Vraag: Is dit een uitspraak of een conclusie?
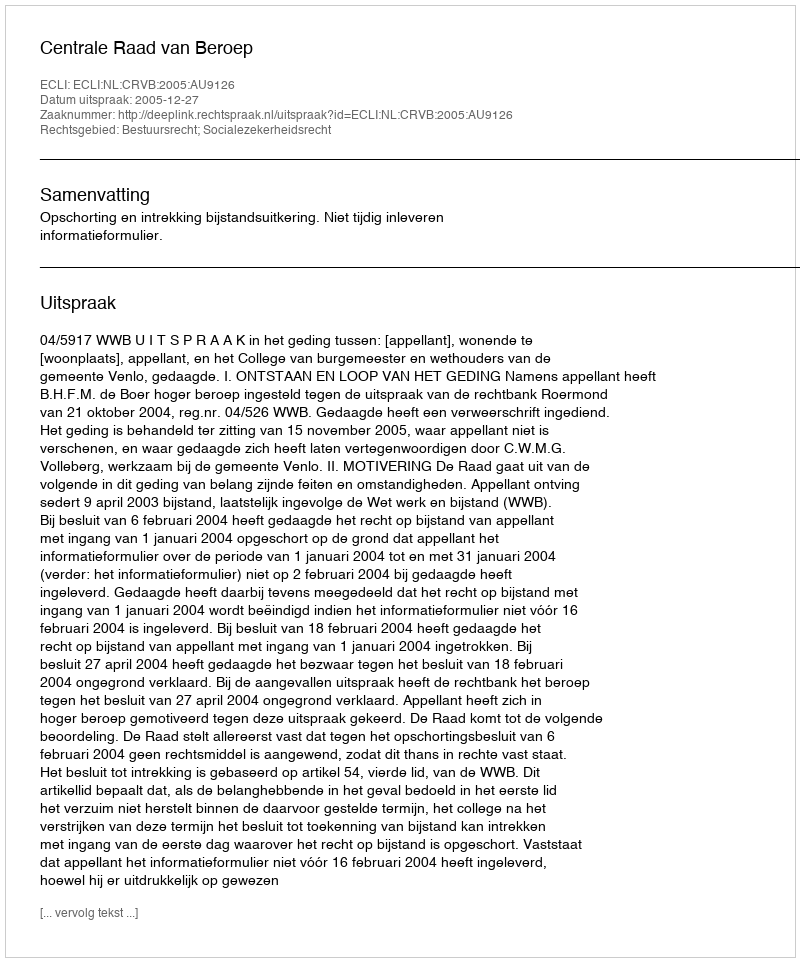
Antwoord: Uitspraak